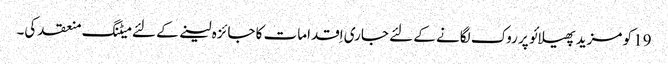
19 کو مزید پھیلائو پر روک لگانے کے لئے جاری اِقدامات کا جائزہ لینے کے لئے میٹنگ منعقد کی۔